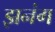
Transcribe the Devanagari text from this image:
झनंग